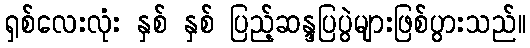
ရှစ်လေးလုံး နှစ် နှစ် ပြည့်ဆန္ဒပြပွဲများဖြစ်ပွားသည်။